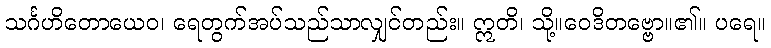
သင်္ဂဟိတောယေဝ၊ ရေတွက်အပ်သည်သာလျှင်တည်း။ ဣတိ၊ သို့။ဝေဒိတဗ္ဗော။၏။ ပရေ။